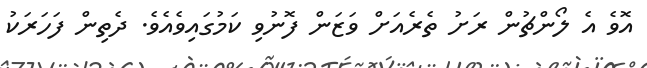
އޮވެ އެ ލޯންޗުން ރަށު ތެރެއަށް ވަޒަން ފޮނުވި ކަމުގައިވެއެވެ. ދެތިން ފަހަރަކު